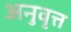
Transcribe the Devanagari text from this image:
अनुवृत्त